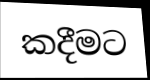
කදීමට